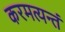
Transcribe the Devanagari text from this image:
करमत्यन्तं